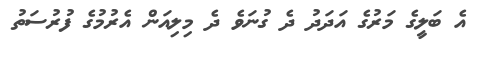
އެ ބަލީގެ މަރުގެ އަދަދު ދެ ގުނަވެ ދެ މިލިއަން އެރުމުގެ ފުރުސަތު